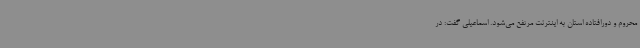
محروم و دورافتاده استان به اینترنت مرتفع می‌شود. اسماعیلی گفت: در